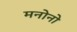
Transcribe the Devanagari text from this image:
मनोनो